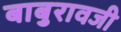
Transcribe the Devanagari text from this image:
बाबुरावजी